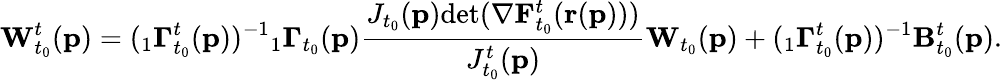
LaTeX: \mathbf{W}_{t_{0}}^{t}(\mathbf{p})=({}_{1}\mathbf{\Gamma}_{t_{0}}^{t}(\mathbf{p}))^{-1}{}_{1}\mathbf{\Gamma}_{t_{0}}(\mathbf{p})\frac{J_{t_{0}}(\mathbf{p})\textup{det}(\mathbf{\nabla}\mathbf{F}_{t_{0}}^{t}(\mathbf{r}(\mathbf{p})))}{J_{t_{0}}^{t}(\mathbf{p})}\mathbf{W}_{t_{0}}(\mathbf{p})+({}_{1}\mathbf{\Gamma}_{t_{0}}^{t}(\mathbf{p}))^{-1}\mathbf{B}_{t_{0}}^{t}(\mathbf{p}).